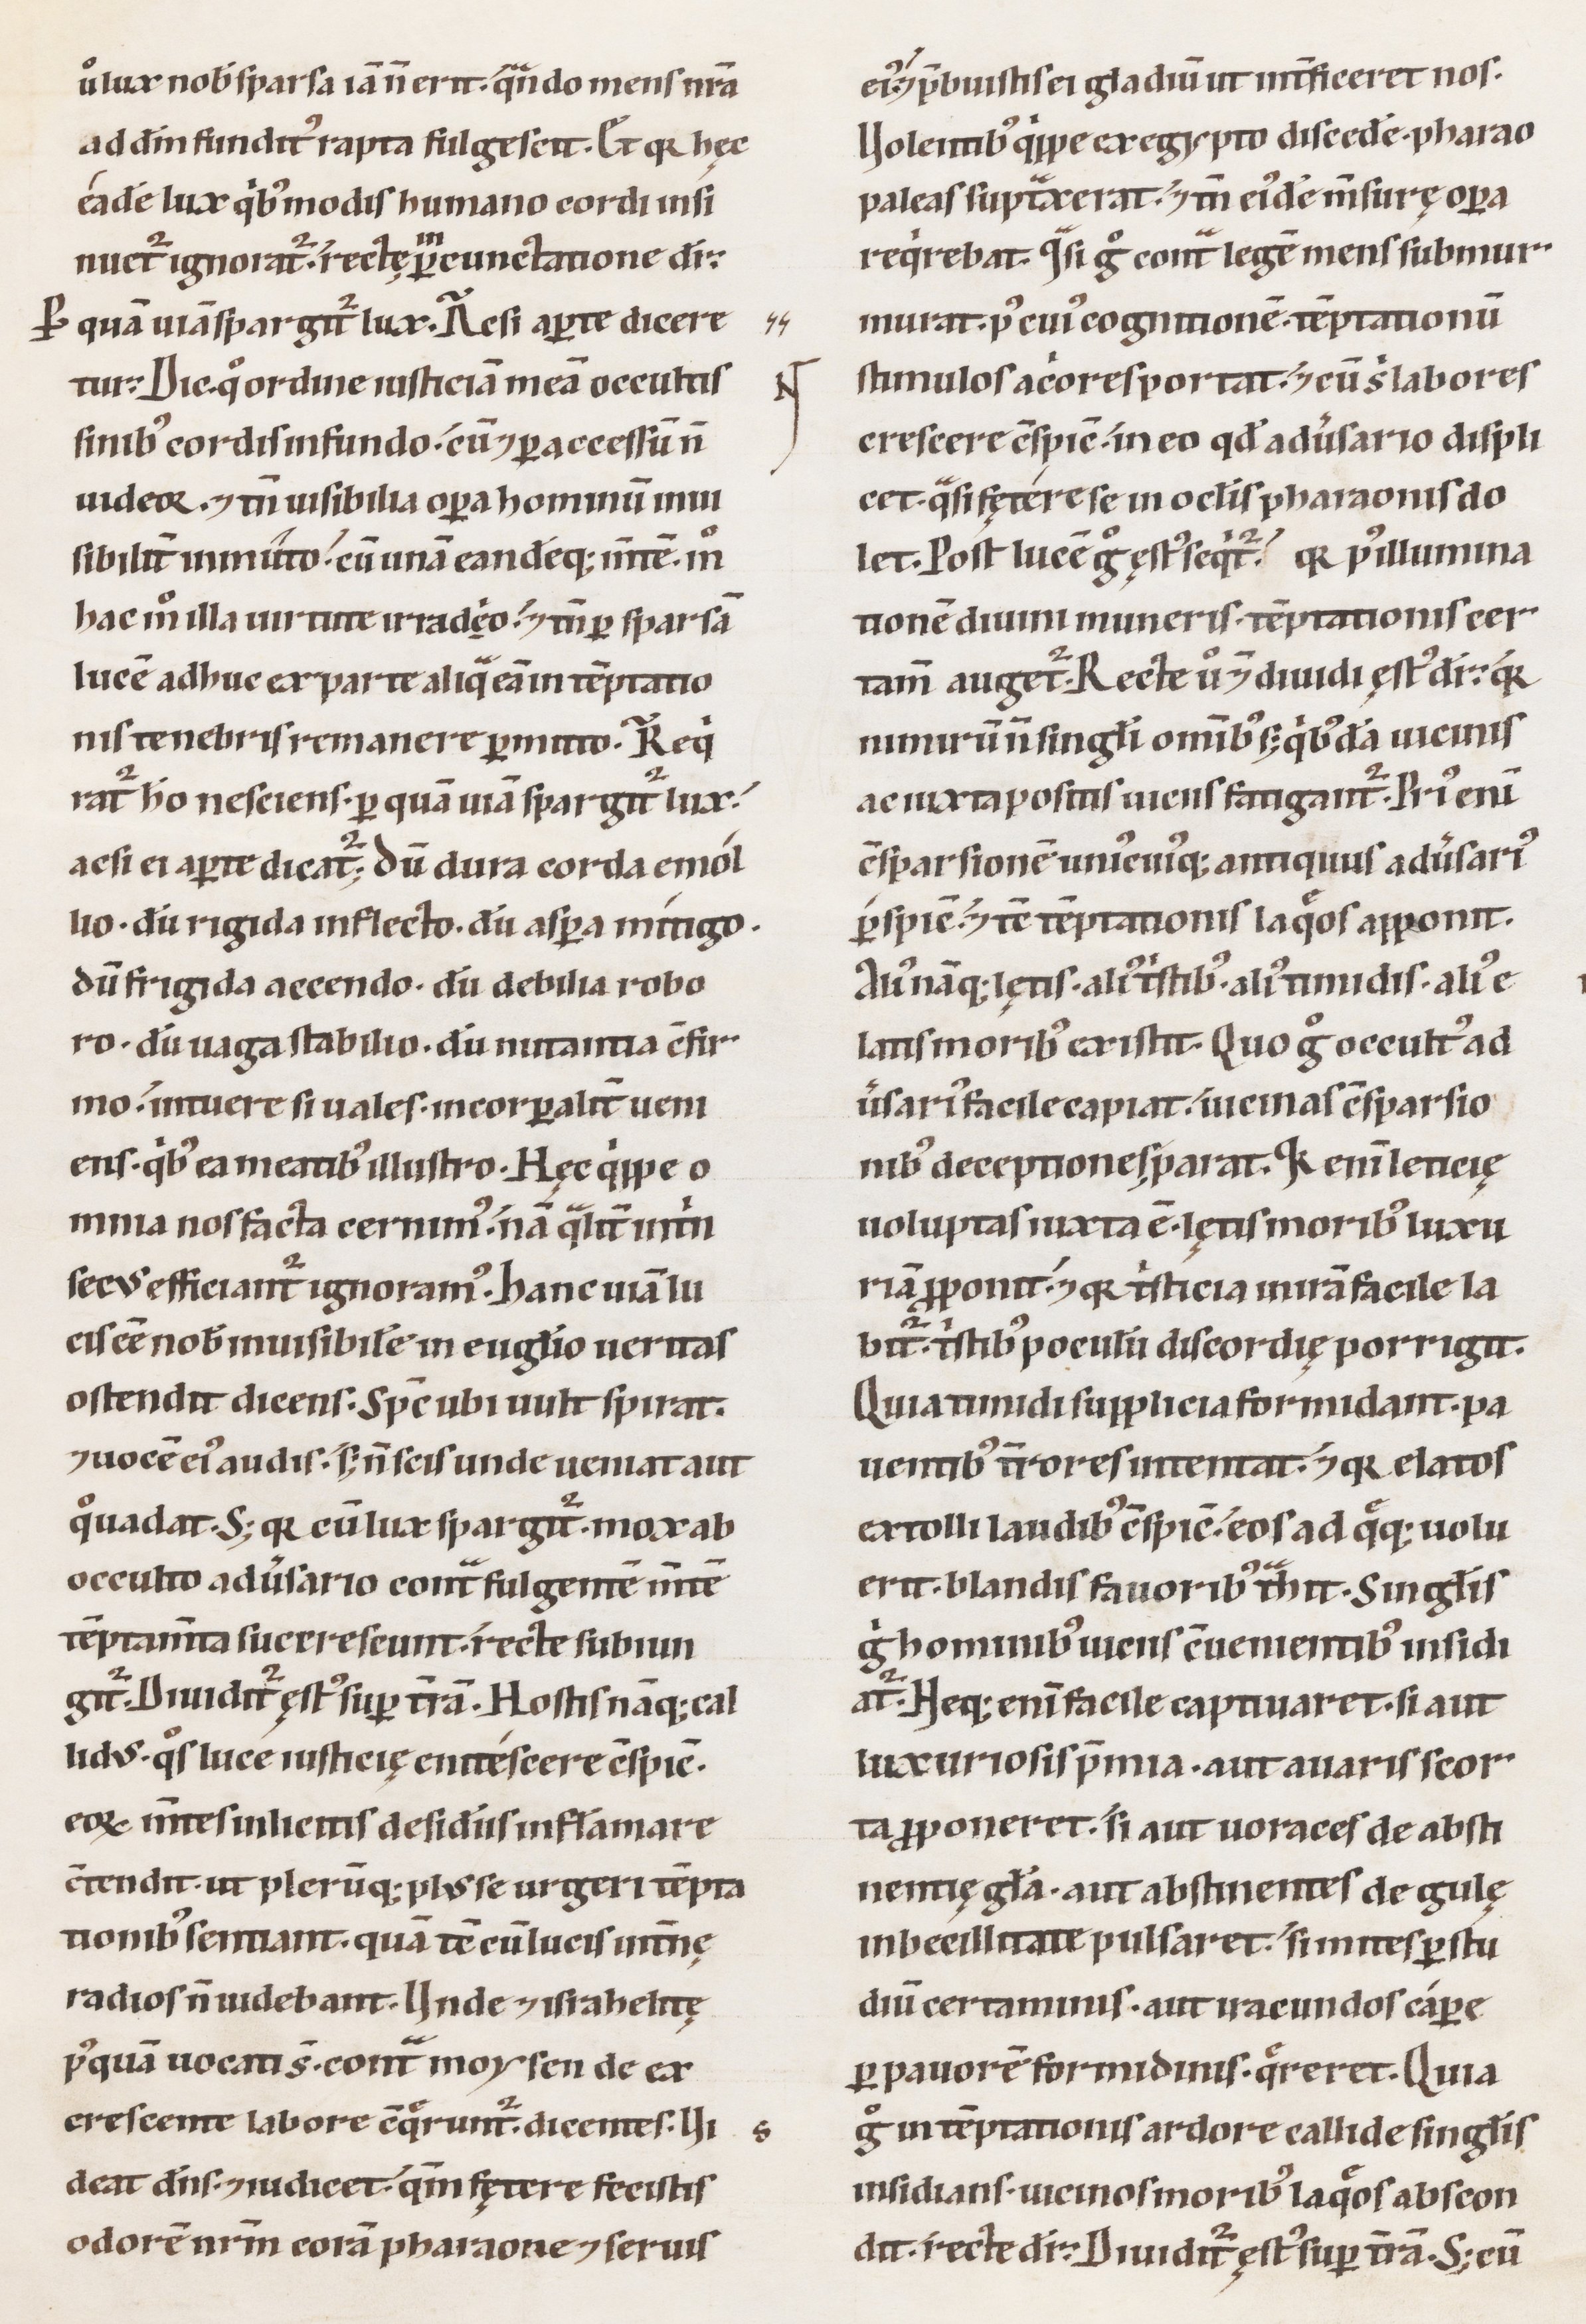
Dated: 1100–1199